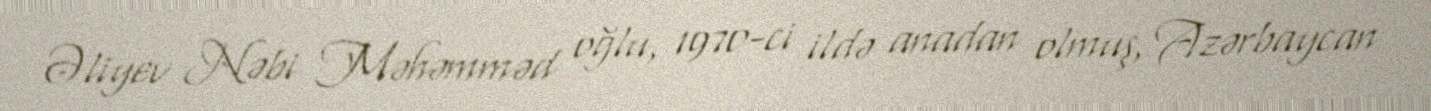
Əliyev Nəbi Məhəmməd oğlu, 1970-ci ildə anadan olmuş, Azərbaycan